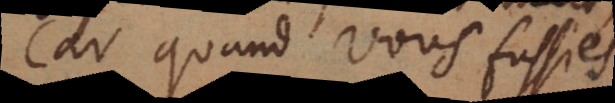
Car quand vous fussiés